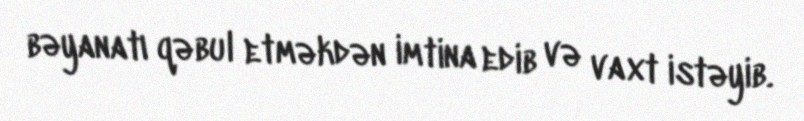
bəyanatı qəbul etməkdən imtina edib və vaxt istəyib.